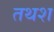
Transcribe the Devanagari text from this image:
तथश